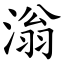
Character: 滃